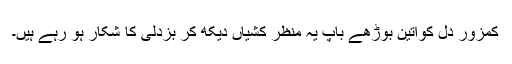
کمزور دل کواتین بوڑھے باپ یہ منظر کشیاں دیکھ کر بزدلی کا شکار ہو رہے ہیں۔